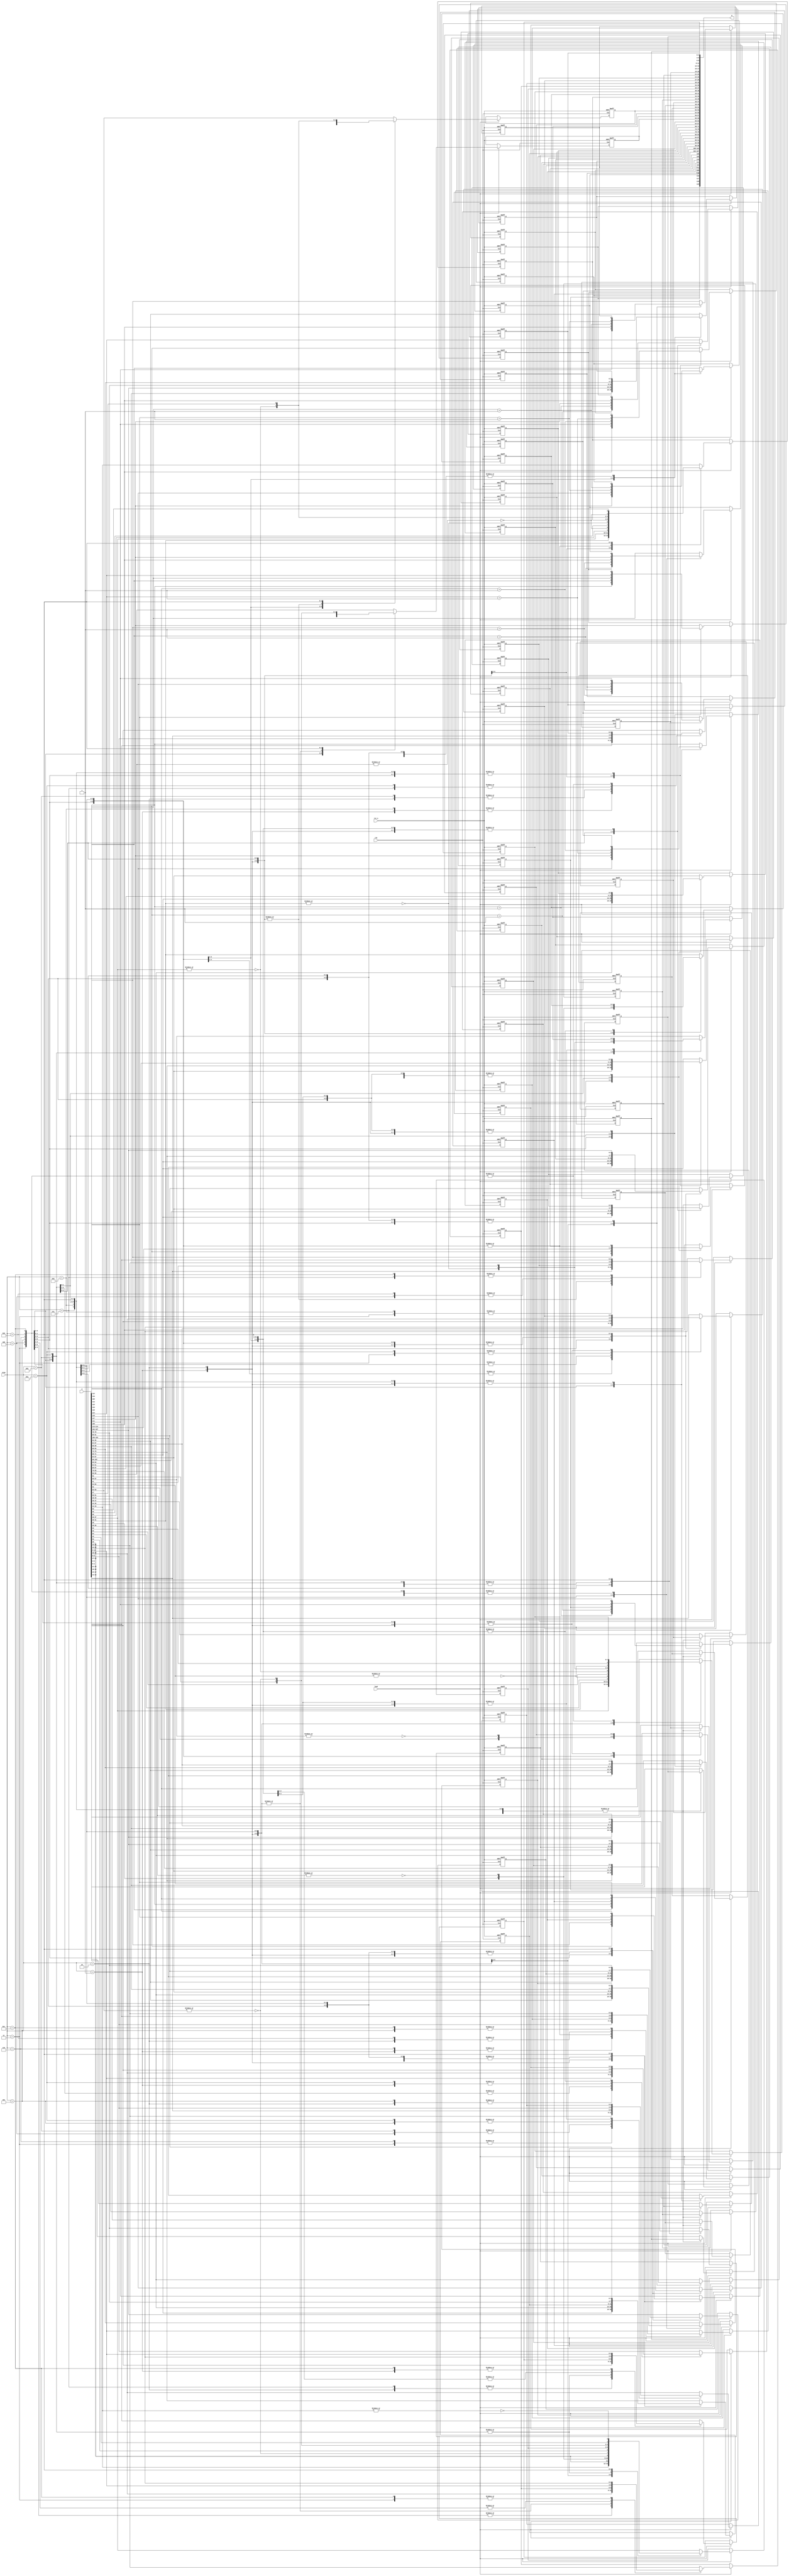
module change_cube (
    input wire clk,
    input wire rst_n,
    input wire load,
    input wire [3:0] step,
    input wire [120 - 1:0] d,
    output wire [120 - 1:0] q
  );

  integer i;

  wire [2:0] now_cp [0:11];
  wire [1:0] now_cd [0:11];
  wire [3:0] now_ep [0:11];
  wire       now_ed [0:11];

  reg [2:0] next_cp [0:11];
  reg [1:0] next_cd [0:11];
  reg [3:0] next_ep [0:11];
  reg       next_ed [0:11];

  generate
    genvar j;
    for (j = 0; j < 12; j = j + 1) begin
      assign now_cp[j] = d[3*j      +: 3];
      assign now_cd[j] = d[2*j+12*3 +: 2];
      assign now_ep[j] = d[4*j+12*(3+2)   +: 4];
      assign now_ed[j] = d[1*j+12*(3+2+4) +: 1];

      assign q[3*j      +: 3] = next_cp[j];
      assign q[2*j+12*3 +: 2] = next_cd[j];
      assign q[4*j+12*(3+2)   +: 4] = next_ep[j];
      assign q[1*j+12*(3+2+4) +: 1] = next_ed[j];
    end
  endgenerate

  always @(posedge clk, negedge rst_n) begin
    if (!rst_n) begin
      for (i = 0; i < 12; i = i + 1) begin
        next_cp[i] <= 0;
        next_cd[i] <= 0;
        next_ep[i] <= 0;
        next_ed[i] <= 0;
      end      
    end
    else if (load) begin
      case(step)
        4'b0000 : begin // stay
                    for (i = 0; i < 12; i = i + 1) begin
                      next_cp[i] <= now_cp[i];
                      next_cd[i] <= now_cd[i];
                      next_ep[i] <= now_ep[i];
                      next_ed[i] <= now_ed[i];
                    end
                  end
        4'b0001 : begin // U
                    next_cp[0] <= now_cp[3]; next_cp[1] <= now_cp[0]; next_cp[2] <= now_cp[1]; next_cp[3] <= now_cp[2];
                    next_cd[0] <= now_cd[3]; next_cd[1] <= now_cd[0]; next_cd[2] <= now_cd[1]; next_cd[3] <= now_cd[2];
                    next_ep[0] <= now_ep[3]; next_ep[1] <= now_ep[0]; next_ep[2] <= now_ep[1]; next_ep[3] <= now_ep[2];
                    next_ed[0] <= now_ed[3]; next_ed[1] <= now_ed[0]; next_ed[2] <= now_ed[1]; next_ed[3] <= now_ed[2];
                  end
        4'b0010 : begin // U'
                    next_cp[0] <= now_cp[1]; next_cp[1] <= now_cp[2]; next_cp[2] <= now_cp[3]; next_cp[3] <= now_cp[0];
                    next_cd[0] <= now_cd[1]; next_cd[1] <= now_cd[2]; next_cd[2] <= now_cd[3]; next_cd[3] <= now_cd[0];
                    next_ep[0] <= now_ep[1]; next_ep[1] <= now_ep[2]; next_ep[2] <= now_ep[3]; next_ep[3] <= now_ep[0];
                    next_ed[0] <= now_ed[1]; next_ed[1] <= now_ed[2]; next_ed[2] <= now_ed[3]; next_ed[3] <= now_ed[0];
                  end
        4'b0011 : begin // D
                    next_cp[8] <= now_cp[9]; next_cp[9] <= now_cp[10]; next_cp[10] <= now_cp[11]; next_cp[11] <= now_cp[8];
                    next_cd[8] <= now_cd[9]; next_cd[9] <= now_cd[10]; next_cd[10] <= now_cd[11]; next_cd[11] <= now_cd[8];
                    next_ep[8] <= now_ep[9]; next_ep[9] <= now_ep[10]; next_ep[10] <= now_ep[11]; next_ep[11] <= now_ep[8];
                    next_ed[8] <= now_ed[9]; next_ed[9] <= now_ed[10]; next_ed[10] <= now_ed[11]; next_ed[11] <= now_ed[8];
                  end
        4'b0100 : begin // D'
                    next_cp[8] <= now_cp[11]; next_cp[9] <= now_cp[8]; next_cp[10] <= now_cp[9]; next_cp[11] <= now_cp[10];
                    next_cd[8] <= now_cd[11]; next_cd[9] <= now_cd[8]; next_cd[10] <= now_cd[9]; next_cd[11] <= now_cd[10];
                    next_ep[8] <= now_ep[11]; next_ep[9] <= now_ep[8]; next_ep[10] <= now_ep[9]; next_ep[11] <= now_ep[10];
                    next_ed[8] <= now_ed[11]; next_ed[9] <= now_ed[8]; next_ed[10] <= now_ed[9]; next_ed[11] <= now_ed[10];
                  end
        4'b0101 : begin // F
                    next_cp[2] <= now_cp[3]; next_cp[3] <= now_cp[11]; next_cp[10] <= now_cp[2]; next_cp[11] <= now_cp[10];
                    next_cd[2]  <= {!(|now_cd[3]), now_cd[3][1]}; next_cd[3]  <= {now_cd[11][0], !(|now_cd[11])};
                    next_cd[10] <= {now_cd[2][0], !(|now_cd[2])}; next_cd[11] <= {!(|now_cd[10]), now_cd[10][1]};
                    next_ep[2] <= now_ep[7];     next_ep[6] <= now_ep[2];     next_ep[7] <= now_ep[10];     next_ep[10] <= now_ep[6];
                    next_ed[2] <= now_ed[7] + 1; next_ed[6] <= now_ed[2] + 1; next_ed[7] <= now_ed[10] + 1; next_ed[10] <= now_ed[6] + 1;
                  end
        4'b0110 : begin // F'
                    next_cp[2] <= now_cp[10]; next_cp[3] <= now_cp[2]; next_cp[10] <= now_cp[11]; next_cp[11] <= now_cp[3];
                    next_cd[2]  <= {!(|now_cd[10]), now_cd[10][1]}; next_cd[3]  <= {now_cd[2][0], !(|now_cd[2])};
                    next_cd[10] <= {now_cd[11][0], !(|now_cd[11])}; next_cd[11] <= {!(|now_cd[3]), now_cd[3][1]};
                    next_ep[2] <= now_ep[6];     next_ep[6] <= now_ep[10];     next_ep[7] <= now_ep[2];     next_ep[10] <= now_ep[7];
                    next_ed[2] <= now_ed[6] + 1; next_ed[6] <= now_ed[10] + 1; next_ed[7] <= now_ed[2] + 1; next_ed[10] <= now_ed[7] + 1;
                  end
        4'b0111 : begin // B
                    next_cp[0] <= now_cp[1]; next_cp[1] <= now_cp[9]; next_cp[8] <= now_cp[0]; next_cp[9] <= now_cp[8];
                    next_cd[0] <= {!(|now_cd[1]), now_cd[1][1]}; next_cd[1] <= {now_cd[9][0], !(|now_cd[9])};
                    next_cd[8] <= {now_cd[0][0], !(|now_cd[0])}; next_cd[9] <= {!(|now_cd[8]), now_cd[8][1]};
                    next_ep[0] <= now_ep[5];     next_ep[4] <= now_ep[0];     next_ep[5] <= now_ep[8];     next_ep[8] <= now_ep[4];
                    next_ed[0] <= now_ed[5] + 1; next_ed[4] <= now_ed[0] + 1; next_ed[5] <= now_ed[8] + 1; next_ed[8] <= now_ed[4] + 1;
                  end
        4'b1000 : begin // B'
                    next_cp[0] <= now_cp[8]; next_cp[1] <= now_cp[0]; next_cp[8] <= now_cp[9]; next_cp[9] <= now_cp[1];
                    next_cd[0] <= {!(|now_cd[8]), now_cd[8][1]}; next_cd[1] <= {now_cd[0][0], !(|now_cd[0])};
                    next_cd[8] <= {now_cd[9][0], !(|now_cd[9])}; next_cd[9] <= {!(|now_cd[1]), now_cd[1][1]};
                    next_ep[0] <= now_ep[4];     next_ep[4] <= now_ep[8];     next_ep[5] <= now_ep[0];     next_ep[8] <= now_ep[5];
                    next_ed[0] <= now_ed[4] + 1; next_ed[4] <= now_ed[8] + 1; next_ed[5] <= now_ed[0] + 1; next_ed[8] <= now_ed[5] + 1;
                  end
        4'b1001 : begin // R
                    next_cp[1] <= now_cp[2]; next_cp[2] <= now_cp[10]; next_cp[9] <= now_cp[1]; next_cp[10] <= now_cp[9];
                    next_cd[1] <= {!(|now_cd[2]), now_cd[2][1]}; next_cd[2]  <= {now_cd[10][0], !(|now_cd[10])};
                    next_cd[9] <= {now_cd[1][0], !(|now_cd[1])}; next_cd[10] <= {!(|now_cd[9]), now_cd[9][1]};
                    next_ep[1] <= now_ep[6]; next_ep[5] <= now_ep[1]; next_ep[6] <= now_ep[9]; next_ep[9] <= now_ep[5];
                    next_ed[1] <= now_ed[6]; next_ed[5] <= now_ed[1]; next_ed[6] <= now_ed[9]; next_ed[9] <= now_ed[5];
                  end
        4'b1010 : begin // R'
                    next_cp[1] <= now_cp[9]; next_cp[2] <= now_cp[1]; next_cp[9] <= now_cp[10]; next_cp[10] <= now_cp[2];
                    next_cd[1] <= {!(|now_cd[9]), now_cd[9][1]};   next_cd[2]  <= {now_cd[1][0], !(|now_cd[1])};
                    next_cd[9] <= {now_cd[10][0], !(|now_cd[10])}; next_cd[10] <= {!(|now_cd[2]), now_cd[2][1]};
                    next_ep[1] <= now_ep[5]; next_ep[5] <= now_ep[9]; next_ep[6] <= now_ep[1]; next_ep[9] <= now_ep[6];
                    next_ed[1] <= now_ed[5]; next_ed[5] <= now_ed[9]; next_ed[6] <= now_ed[1]; next_ed[9] <= now_ed[6];
                  end
        4'b1011 : begin // L
                    next_cp[0] <= now_cp[8]; next_cp[3] <= now_cp[0]; next_cp[8] <= now_cp[11]; next_cp[11] <= now_cp[3];
                    next_cd[3]  <= {!(|now_cd[0]), now_cd[0][1]}; next_cd[0]  <= {now_cd[8][0], !(|now_cd[8])};
                    next_cd[11] <= {now_cd[3][0], !(|now_cd[3])}; next_cd[8] <= {!(|now_cd[11]), now_cd[11][1]};
                    next_ep[3] <= now_ep[4]; next_ep[4] <= now_ep[11]; next_ep[7] <= now_ep[3]; next_ep[11] <= now_ep[7];
                    next_ed[3] <= now_ed[4]; next_ed[4] <= now_ed[11]; next_ed[7] <= now_ed[3]; next_ed[11] <= now_ed[7];
                  end
        4'b1100 : begin // L'
                    next_cp[0] <= now_cp[3]; next_cp[3] <= now_cp[11]; next_cp[8] <= now_cp[0]; next_cp[11] <= now_cp[8];
                    next_cd[3]  <= {!(|now_cd[11]), now_cd[11][1]}; next_cd[0] <= {now_cd[3][0], !(|now_cd[3])};
                    next_cd[11] <= {now_cd[8][0], !(|now_cd[8])};   next_cd[8] <= {!(|now_cd[0]), now_cd[0][1]};
                    next_ep[3] <= now_ep[7]; next_ep[4] <= now_ep[3]; next_ep[7] <= now_ep[11]; next_ep[11] <= now_ep[4];
                    next_ed[3] <= now_ed[7]; next_ed[4] <= now_ed[3]; next_ed[7] <= now_ed[11]; next_ed[11] <= now_ed[4];
                  end
        default : begin
                    for (i = 0; i < 12; i = i + 1) begin
                      next_cp[i] <= now_cp[i];
                      next_cd[i] <= now_cd[i];
                      next_ep[i] <= now_ep[i];
                      next_ed[i] <= now_ed[i];
                    end          
                  end
      endcase
    end
  end
  
endmodule